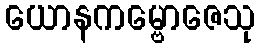
ယောနကမ္ဗောဇေသု